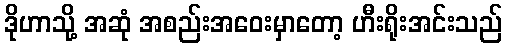
ဒိုဟာသို့ အဆုံ အစည်းအဝေးမှာတော့ ဟီးရိုးအင်းသည်